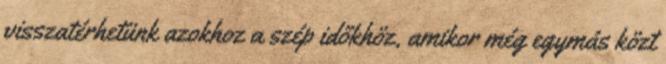
visszatérhetünk azokhoz a szép időkhöz, amikor még egymás közt